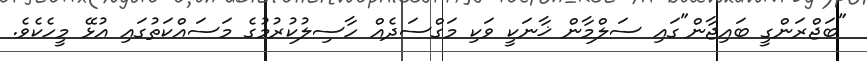
"ބަޖްރަންގީ ބައިޖާން"ގައި ސަލްމާން ޚާނަކީ ވަކި މަގްސަދެއް ހާސިލުކުރުމުގެ މަސައްކަތުގައި އުޅޭ މީހެކެވެ.